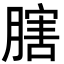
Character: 𦟈